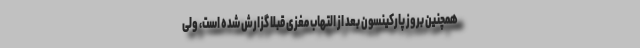
همچنین بروز پارکینسون بعد از التهاب مغزی قبلاً گزارش شده است، ولی